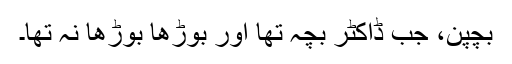
بچپن، جب ڈاکٹر بچہ تھا اور بوڑھا بوڑھا نہ تھا۔